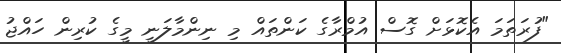
"ފުރަތަމަ އެކޮޅަށް ގޮސް އުމްރާގެ ކަންތައް މި ނިންމާލަނީ މީގެ ކުރިން ހައްޖު